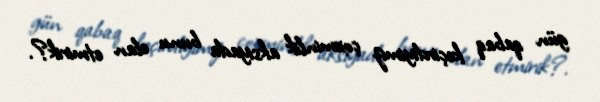
gün qabaq keçirdiyimiz çoxminlik aksiyada bunu elan etmirik?.